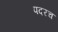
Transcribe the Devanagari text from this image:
पदरच